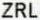
ZRL